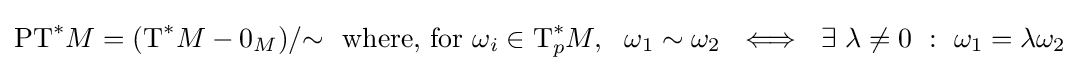
{\text{PT}}^{*}M=({\text{T}}^{*}M-{0_{M}})/{\sim }\ {\text{ where, for }}\omega _{i}\in {\text{T}}_{p}^{*}M,\ \ \omega _{1}\sim \omega _{2}\ \iff \ \exists \ \lambda \neq 0\ :\ \omega _{1}=\lambda \omega _{2}